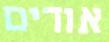
אודים